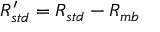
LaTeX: R _ { s t d } ^ { \prime } = R _ { s t d } - R _ { m b }